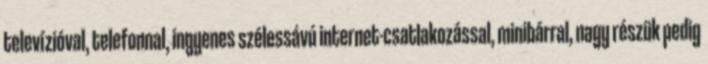
televízióval, telefonnal, ingyenes szélessávú internet-csatlakozással, minibárral, nagy részük pedig